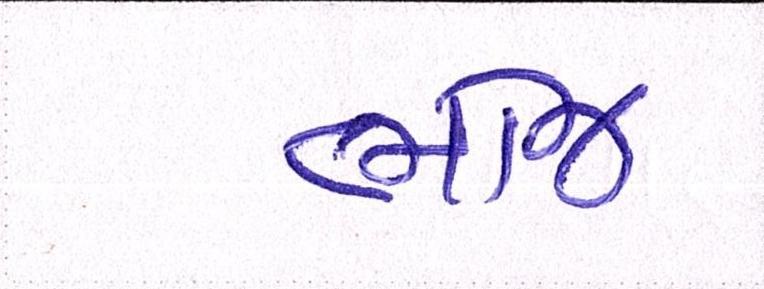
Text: ભોજ